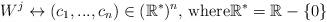
LaTeX: \begin{align*}W^{j}\leftrightarrow(c_{1},...,c_{n})\in(\mathbb{R}^{\ast})^{n}\text{, where}\mathbb{R}^{\ast}=\mathbb{R}-\left\{ 0\right\} \end{align*}